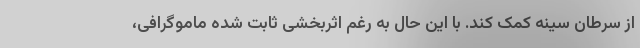
از سرطان سینه کمک کند. با این حال به رغم اثربخشی ثابت شده ماموگرافی،